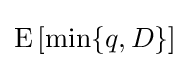
\operatorname {E} \left[{\min\{q,D\}}\right]